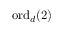
\mathrm { o r d } _ { d } ( 2 )